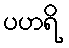
ပဟရိ